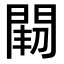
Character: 𨴒